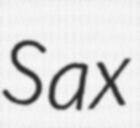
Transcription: Sax